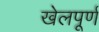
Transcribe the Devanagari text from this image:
खेलपूर्ण